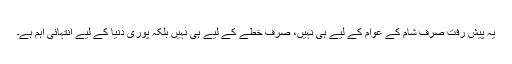
یہ پیش رفت صرف شام کے عوام کے لیے ہی نہیں، صرف خطے کے لیے ہی نہیں بلکہ پوری دنیا کے لیے انتہائی اہم ہے۔